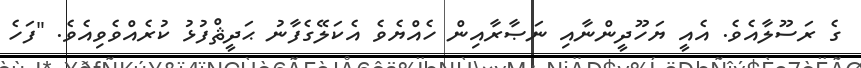
ގެ ރަސޫލާއެވެ. އެއީ ޔަހޫދީންނާއި ނަޞާރާއިން ހެއްޔެވެ އެކަލޭގެފާނު ޙަދީޘްފުޅު ކުރެއްވެވިއެވެ. "ފަހެ